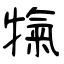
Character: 犔